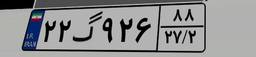
۱۷گ۱۹۲۴۴